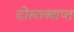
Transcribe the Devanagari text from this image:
दोस्तव्याप्त